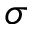
\sigma